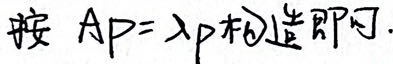
按 \(AP = \lambda P\) 构造即可.